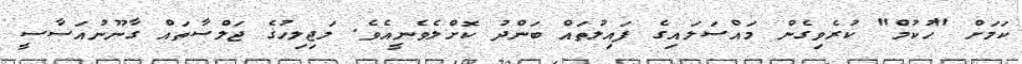
ކަމަށް "ހުކުމް" ކުރެވިގެން މައްސަލައިގެ ފައިލުތައް ބަންދު ކޮށްލެވެނީއެވެ. މަޖިލިހުގެ ޖަލްސާތައް ގާނޫނުއަސާސީ